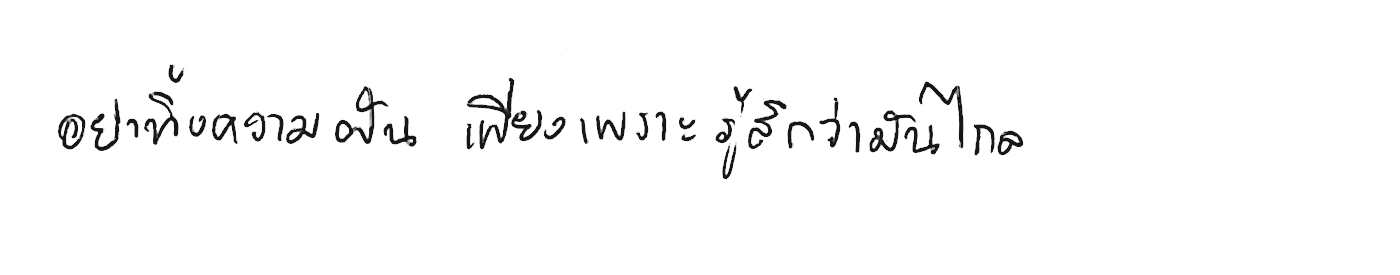
อย่าทิ้งความฝัน เพียงเพราะรู้สึกว่ามันไกล